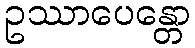
ဥဿာပေန္တော